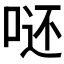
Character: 𭈮